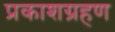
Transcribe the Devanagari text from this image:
प्रकाशग्रहण